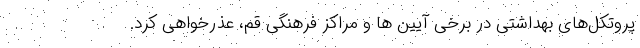
پروتکل‌های بهداشتی در برخی آیین ها و مراکز فرهنگی قم، عذرخواهی کرد.